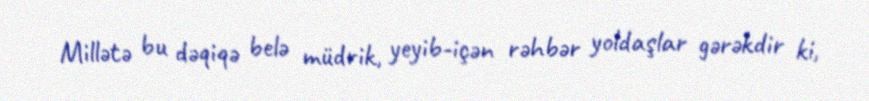
Millətə bu dəqiqə belə müdrik, yeyib-içən rəhbər yoldaşlar gərəkdir ki,